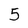
Character: 5